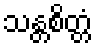
သန္တစိတ္တံ